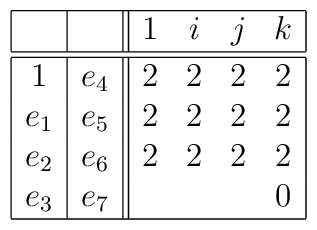
\begin{array}{|c|c||cccc|}\hline &  & 1 & i & j & k  \\\hline\hline1 & e_{4} & 2 & 2 & 2 & 2 \\e_{1} & e_{5} & 2 & 2 & 2 & 2 \\e_{2} & e_{6} & 2 & 2 & 2 & 2 \\e_{3} & e_{7} &  &  &  & 0 \\\hline\end{array}